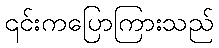
၎င်းကပြောကြားသည်